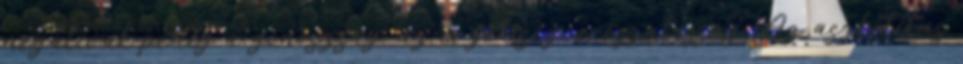
negatívak pedig a gonoszság, az érzékiség, erőszakosság. Az aszketikus